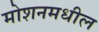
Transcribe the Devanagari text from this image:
मोशनमधील